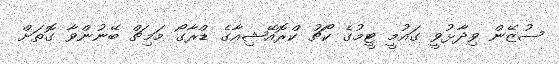
ސުޒޭން ވިދާޅުވީ ގައުމީ ޓީމުގެ ކޯޗު ކްރޮއޭޝިއާގެ ޑްރާގޯ މަމިޗް ބޭނުންވާ ގޮތަށް